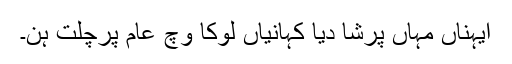
ایہناں مہاں پرشا دیا کہانیاں لوکا وچ عامَ پرچلت ہن۔